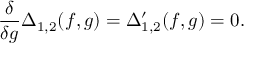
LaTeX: \frac { \delta } { \delta g } \Delta _ { 1 , 2 } ( f , g ) = \Delta _ { 1 , 2 } ^ { \prime } ( f , g ) = 0 .